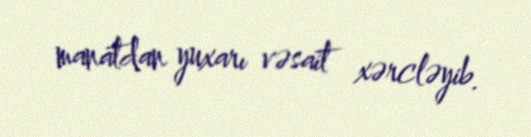
manatdan yuxarı vəsait xərcləyib.